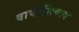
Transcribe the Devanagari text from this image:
वाघांशिवाय